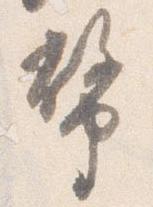
幣